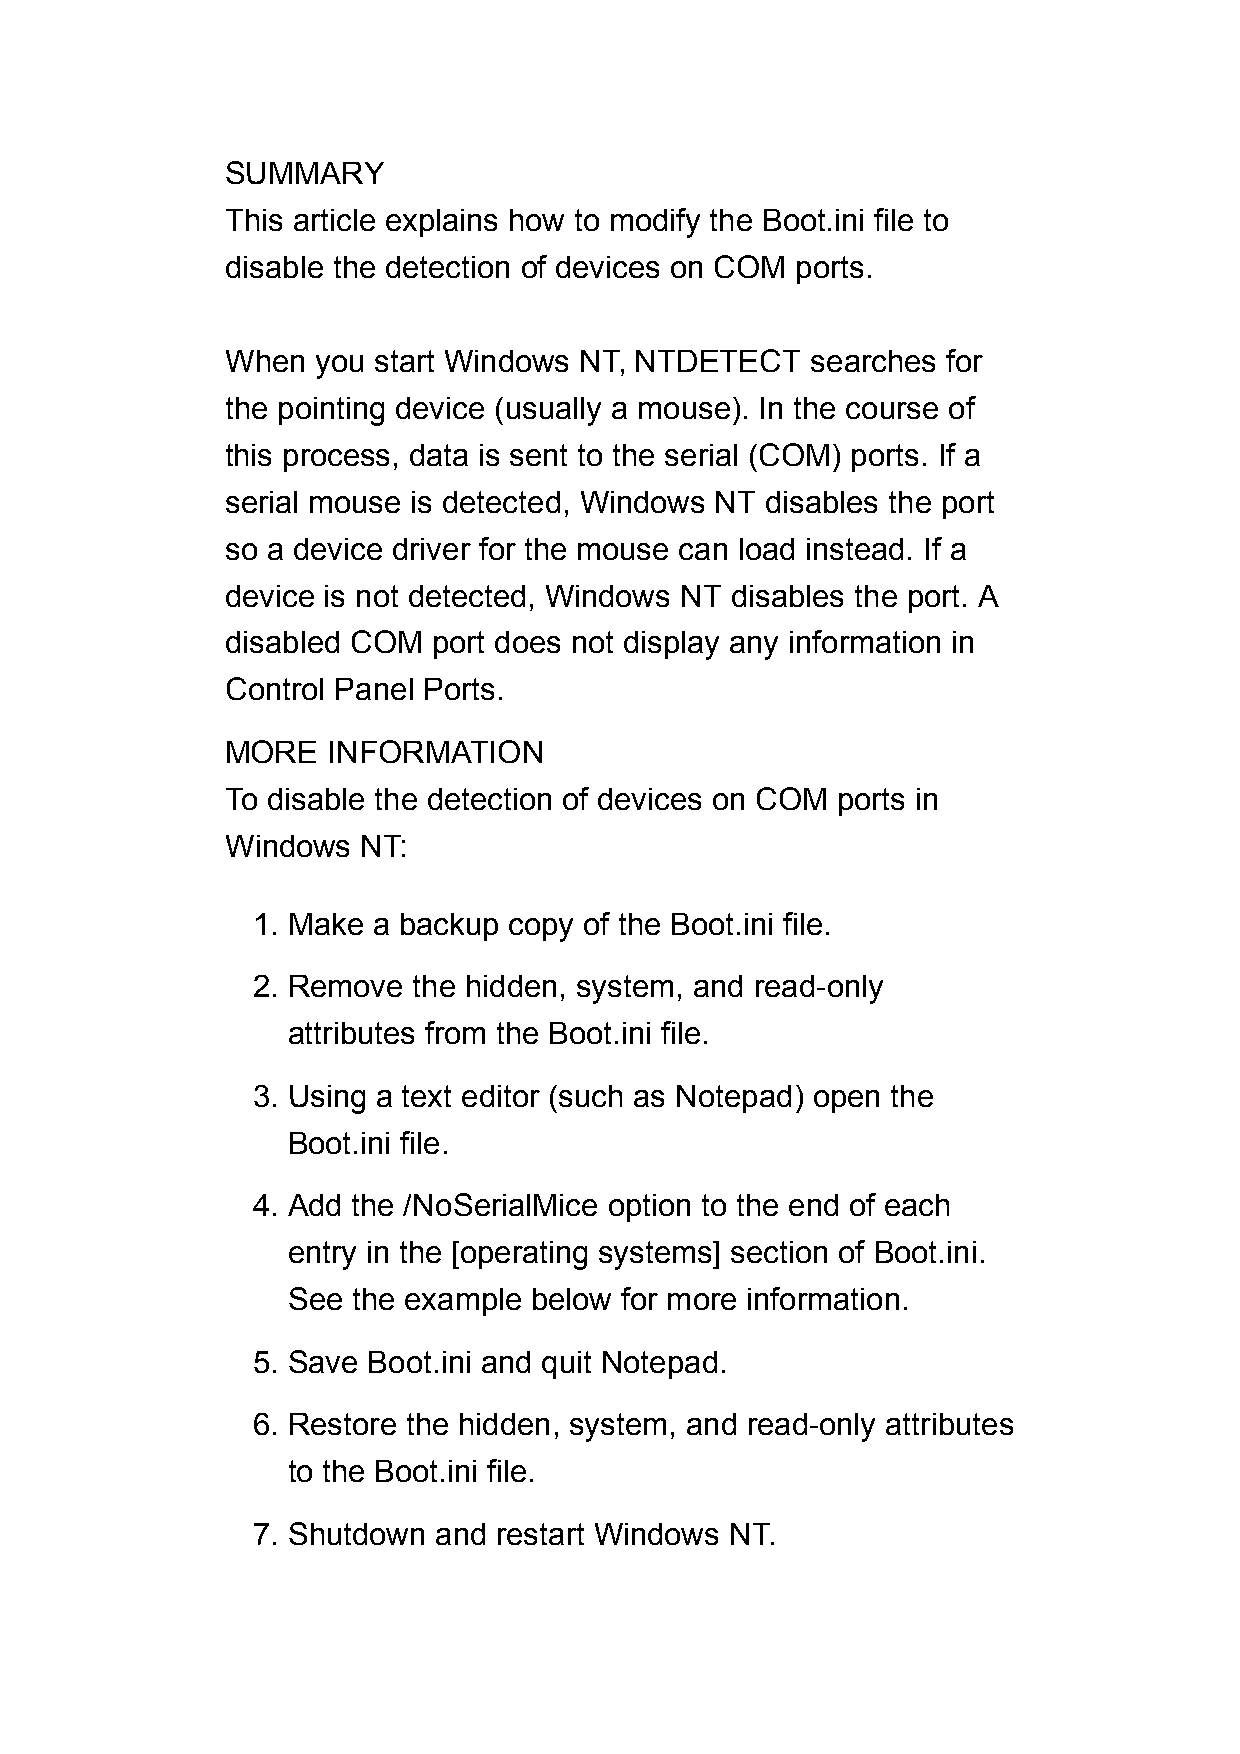
SUMMARY
 This article explains how to modify the Boot.ini file to
 disable the detection of devices on COM ports.
 When  you start Windows NT, NTDETECT   searches for
 the pointing device (usually a mouse). In the course of
 this process, data is sent to the serial (COM) ports. If a
 serial mouse is detected, Windows NT disables the port
 so a device driver for the mouse can load instead. If a
 device is not detected, Windows NT disables the port. A
 disabled COM  port does not display any information in
 Control Panel Ports.
 MORE   INFORMATION
 To disable the detection of devices on COM ports in
 Windows  NT:
 1. Make a backup copy of the Boot.ini file.
 2. Remove the hidden, system, and read-only
 attributes from the Boot.ini file.
 3. Using a text editor (such as Notepad) open the
 Boot.ini file.
 4. Add the /NoSerialMice option to the end of each
 entry in the [operating systems] section of Boot.ini.
 See the example below for more information.
 5. Save Boot.ini and quit Notepad.
 6. Restore the hidden, system, and read-only attributes
 to the Boot.ini file.
 7. Shutdown and restart Windows NT.